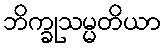
ဘိက္ခုသမ္မတိယာ